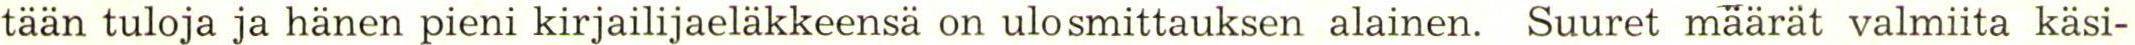
tään tuloja ja hänen pieni kirjailijaeläkkeensä on ulosmittauksen alainen. Suuret määrät valmiita käsi-